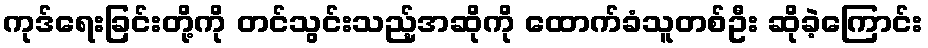
ကုဒ်ရေးခြင်းတို့ကို တင်သွင်းသည့်အဆိုကို ထောက်ခံသူတစ်ဦး ဆိုခဲ့ကြောင်း